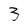
Character: 3